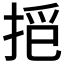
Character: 𱠁